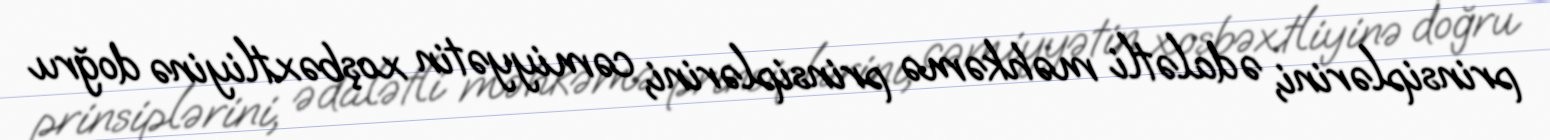
prinsiplərini, ədalətli məhkəmə prinsiplərini, cəmiyyətin xoşbəxtliyinə doğru